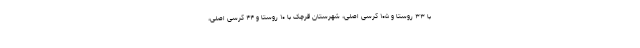
با ۳۳ روستا و ۱۰۵ کرسی اصلی، شهرستان قرچک با ۱۰ روستا و ۴۴ کرسی اصلی،